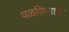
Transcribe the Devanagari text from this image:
पळविण्याची